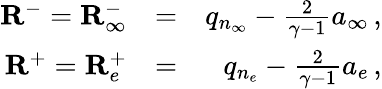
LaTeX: \begin{array}{rlr}{\mathbf{R}^{-}={\mathbf{R}}_{\infty}^{-}}&{=}&{q_{n_{\infty}}-\frac{2}{\gamma-1}a_{\infty}\, \mathrm{,}}\\ {\mathbf{R}^{+}={\mathbf{R}}_{e}^{+}}&{=}&{q_{n_{e}}-\frac{2}{\gamma-1}a_{e}\, \mathrm{,}}\end{array}